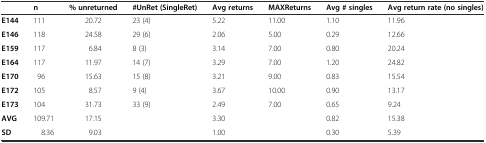
|  | n | % unreturned | #UnRet (SingleRet) | Avg returns | MAXReturns | Avg # singles | Avg return rate (no singles) |
 | --- | --- | --- | --- | --- | --- | --- | --- |
 | E144 | 111 | 20.72 | 23 (4) | 5.22 | 11.00 | 1.10 | 11.96 |
 | E146 | 118 | 24.58 | 29 (6) | 2.06 | 5.00 | 0.29 | 12.66 |
 | E159 | 117 | 6.84 | 8 (3) | 3.14 | 7.00 | 0.80 | 20.24 |
 | E164 | 117 | 11.97 | 14 (7) | 3.29 | 7.00 | 1.20 | 24.82 |
 | E170 | 96 | 15.63 | 15 (8) | 3.21 | 9.00 | 0.83 | 15.54 |
 | E172 | 105 | 8.57 | 9 (4) | 3.67 | 10.00 | 0.90 | 13.17 |
 | E173 | 104 | 31.73 | 33 (9) | 2.49 | 7.00 | 0.65 | 9.24 |
 | AVG | 109.71 | 17.15 |  | 3.30 |  | 0.82 | 15.38 |
 | SD | 8.36 | 9.03 |  | 1.00 |  | 0.30 | 5.39 |